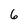
Character: 6